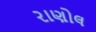
રાણોલ